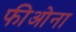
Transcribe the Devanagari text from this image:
फीओना